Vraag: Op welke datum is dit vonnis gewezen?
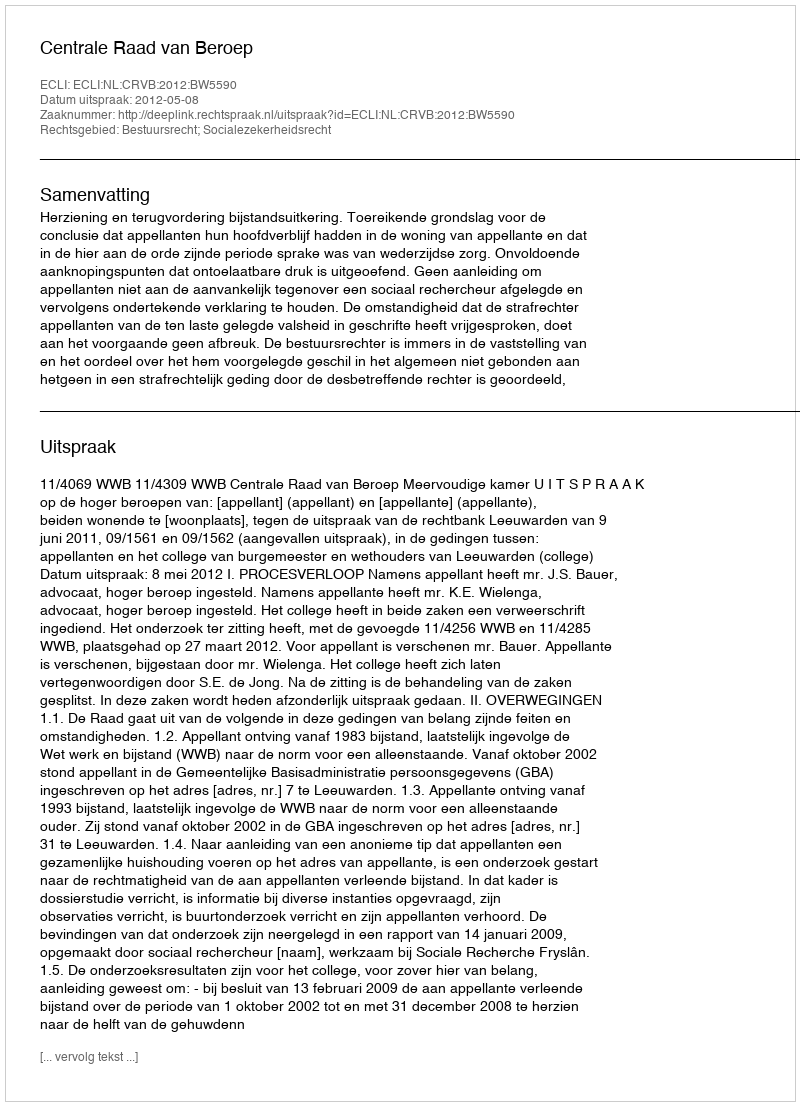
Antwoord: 2012-05-08